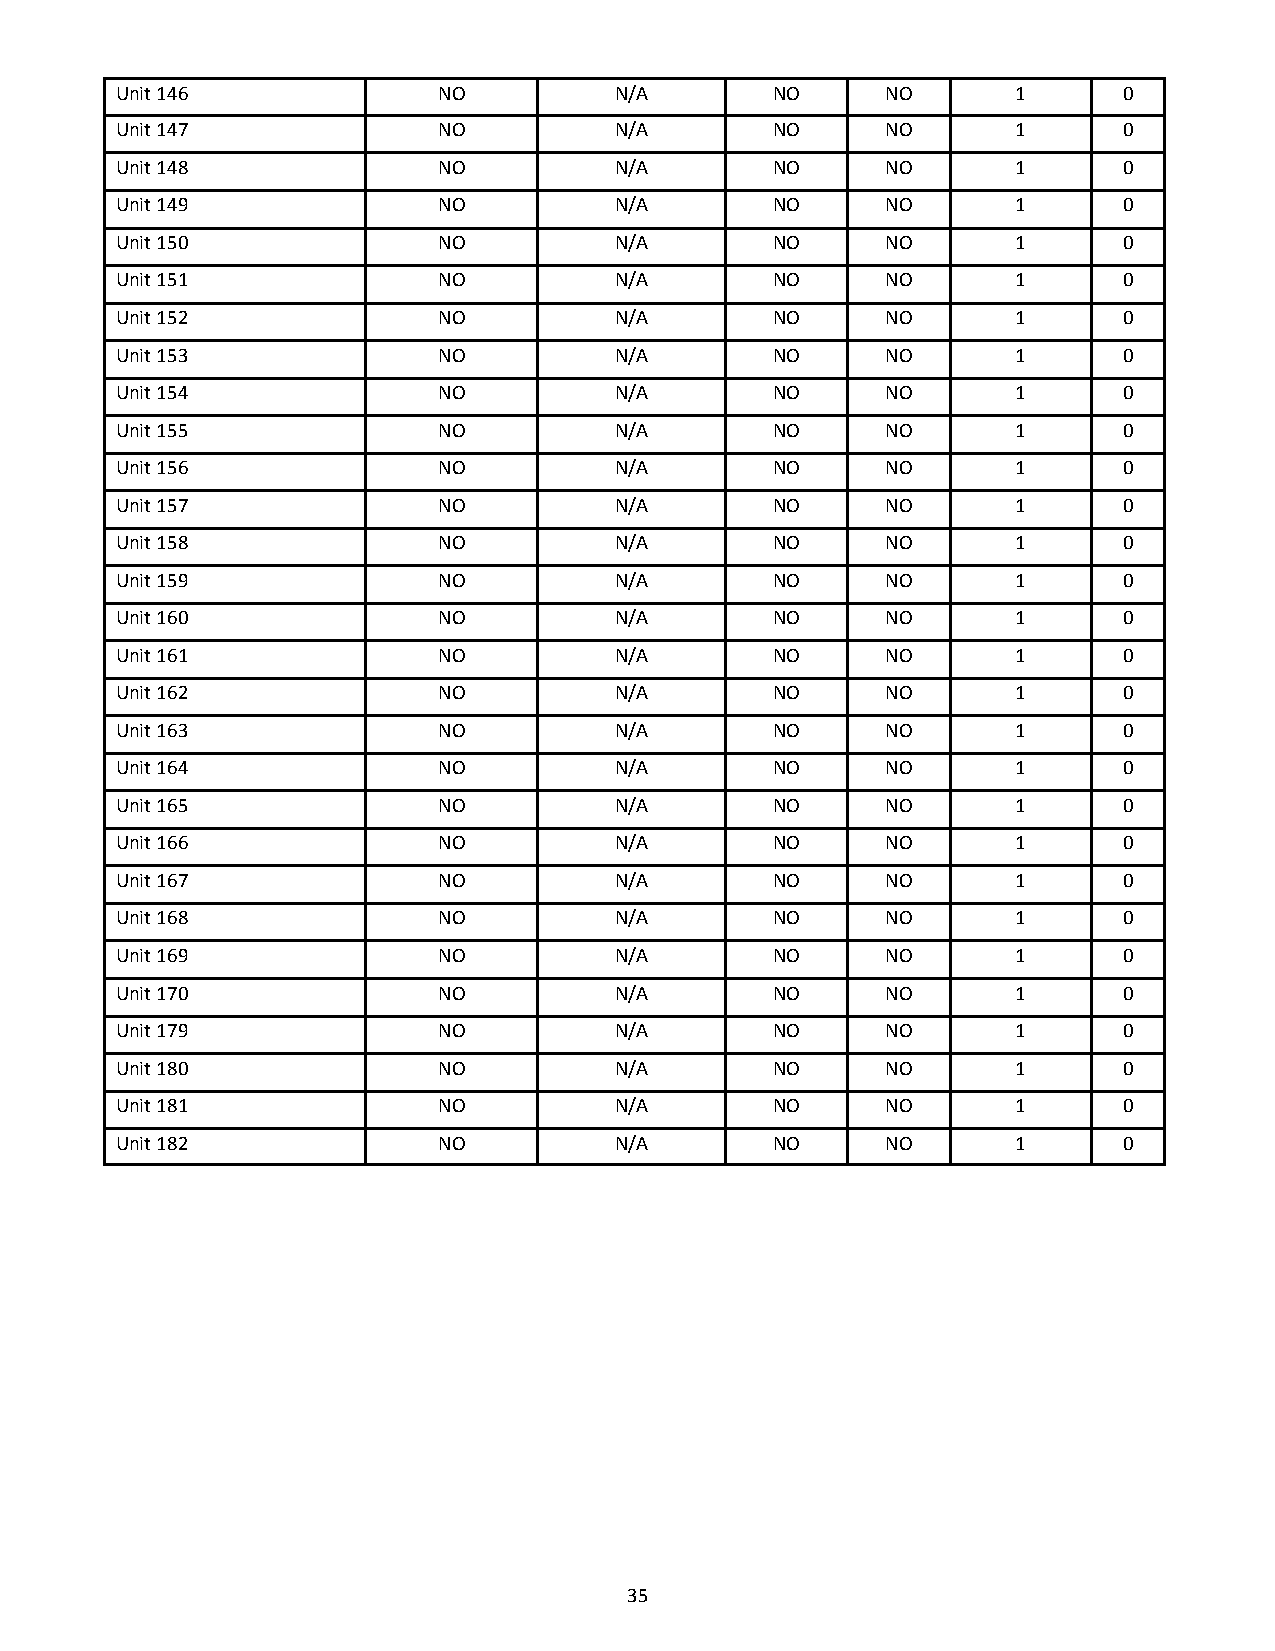
Unit 146             NO          N/A       NO      NO      1      0
 Unit 147             NO          N/A       NO      NO      1      0
 Unit 148             NO          N/A       NO      NO      1      0
 Unit 149             NO          N/A       NO      NO      1      0
 Unit 150             NO          N/A       NO      NO      1      0
 Unit 151             NO          N/A       NO      NO      1      0
 Unit 152             NO          N/A       NO      NO      1      0
 Unit 153             NO          N/A       NO      NO      1      0
 Unit 154             NO          N/A       NO      NO      1      0
 Unit 155             NO          N/A       NO      NO      1      0
 Unit 156             NO          N/A       NO      NO      1      0
 Unit 157             NO          N/A       NO      NO      1      0
 Unit 158             NO          N/A       NO      NO      1      0
 Unit 159             NO          N/A       NO      NO      1      0
 Unit 160             NO          N/A       NO      NO      1      0
 Unit 161             NO          N/A       NO      NO      1      0
 Unit 162             NO          N/A       NO      NO      1      0
 Unit 163             NO          N/A       NO      NO      1      0
 Unit 164             NO          N/A       NO      NO      1      0
 Unit 165             NO          N/A       NO      NO      1      0
 Unit 166             NO          N/A       NO      NO      1      0
 Unit 167             NO          N/A       NO      NO      1      0
 Unit 168             NO          N/A       NO      NO      1      0
 Unit 169             NO          N/A       NO      NO      1      0
 Unit 170             NO          N/A       NO      NO      1      0
 Unit 179             NO          N/A       NO      NO      1      0
 Unit 180             NO          N/A       NO      NO      1      0
 Unit 181             NO          N/A       NO      NO      1      0
 Unit 182             NO          N/A       NO      NO      1      0
 35